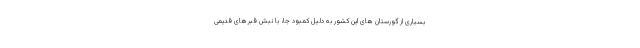
بسیاری از گورستان های این کشور به دلیل کمبود جا، با نبش قبرهای قدیمی